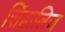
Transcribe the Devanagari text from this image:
सिंहालिज